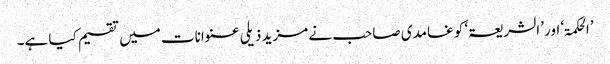
’الحکمۃ‘ اور ’الشریعۃ‘ کو غامدی صاحب نے مزید ذیلی عنوانات میں تقسیم کیا ہے۔